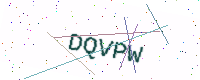
Text: DQVPW